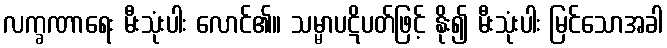
လက္ခဏာရေး မီးသုံးပါး လောင်၏။ သမ္မာပဋိပတ်ဖြင့် နိုး၍ မီးသုံးပါး မြင်သောအခါ